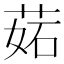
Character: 𦲼